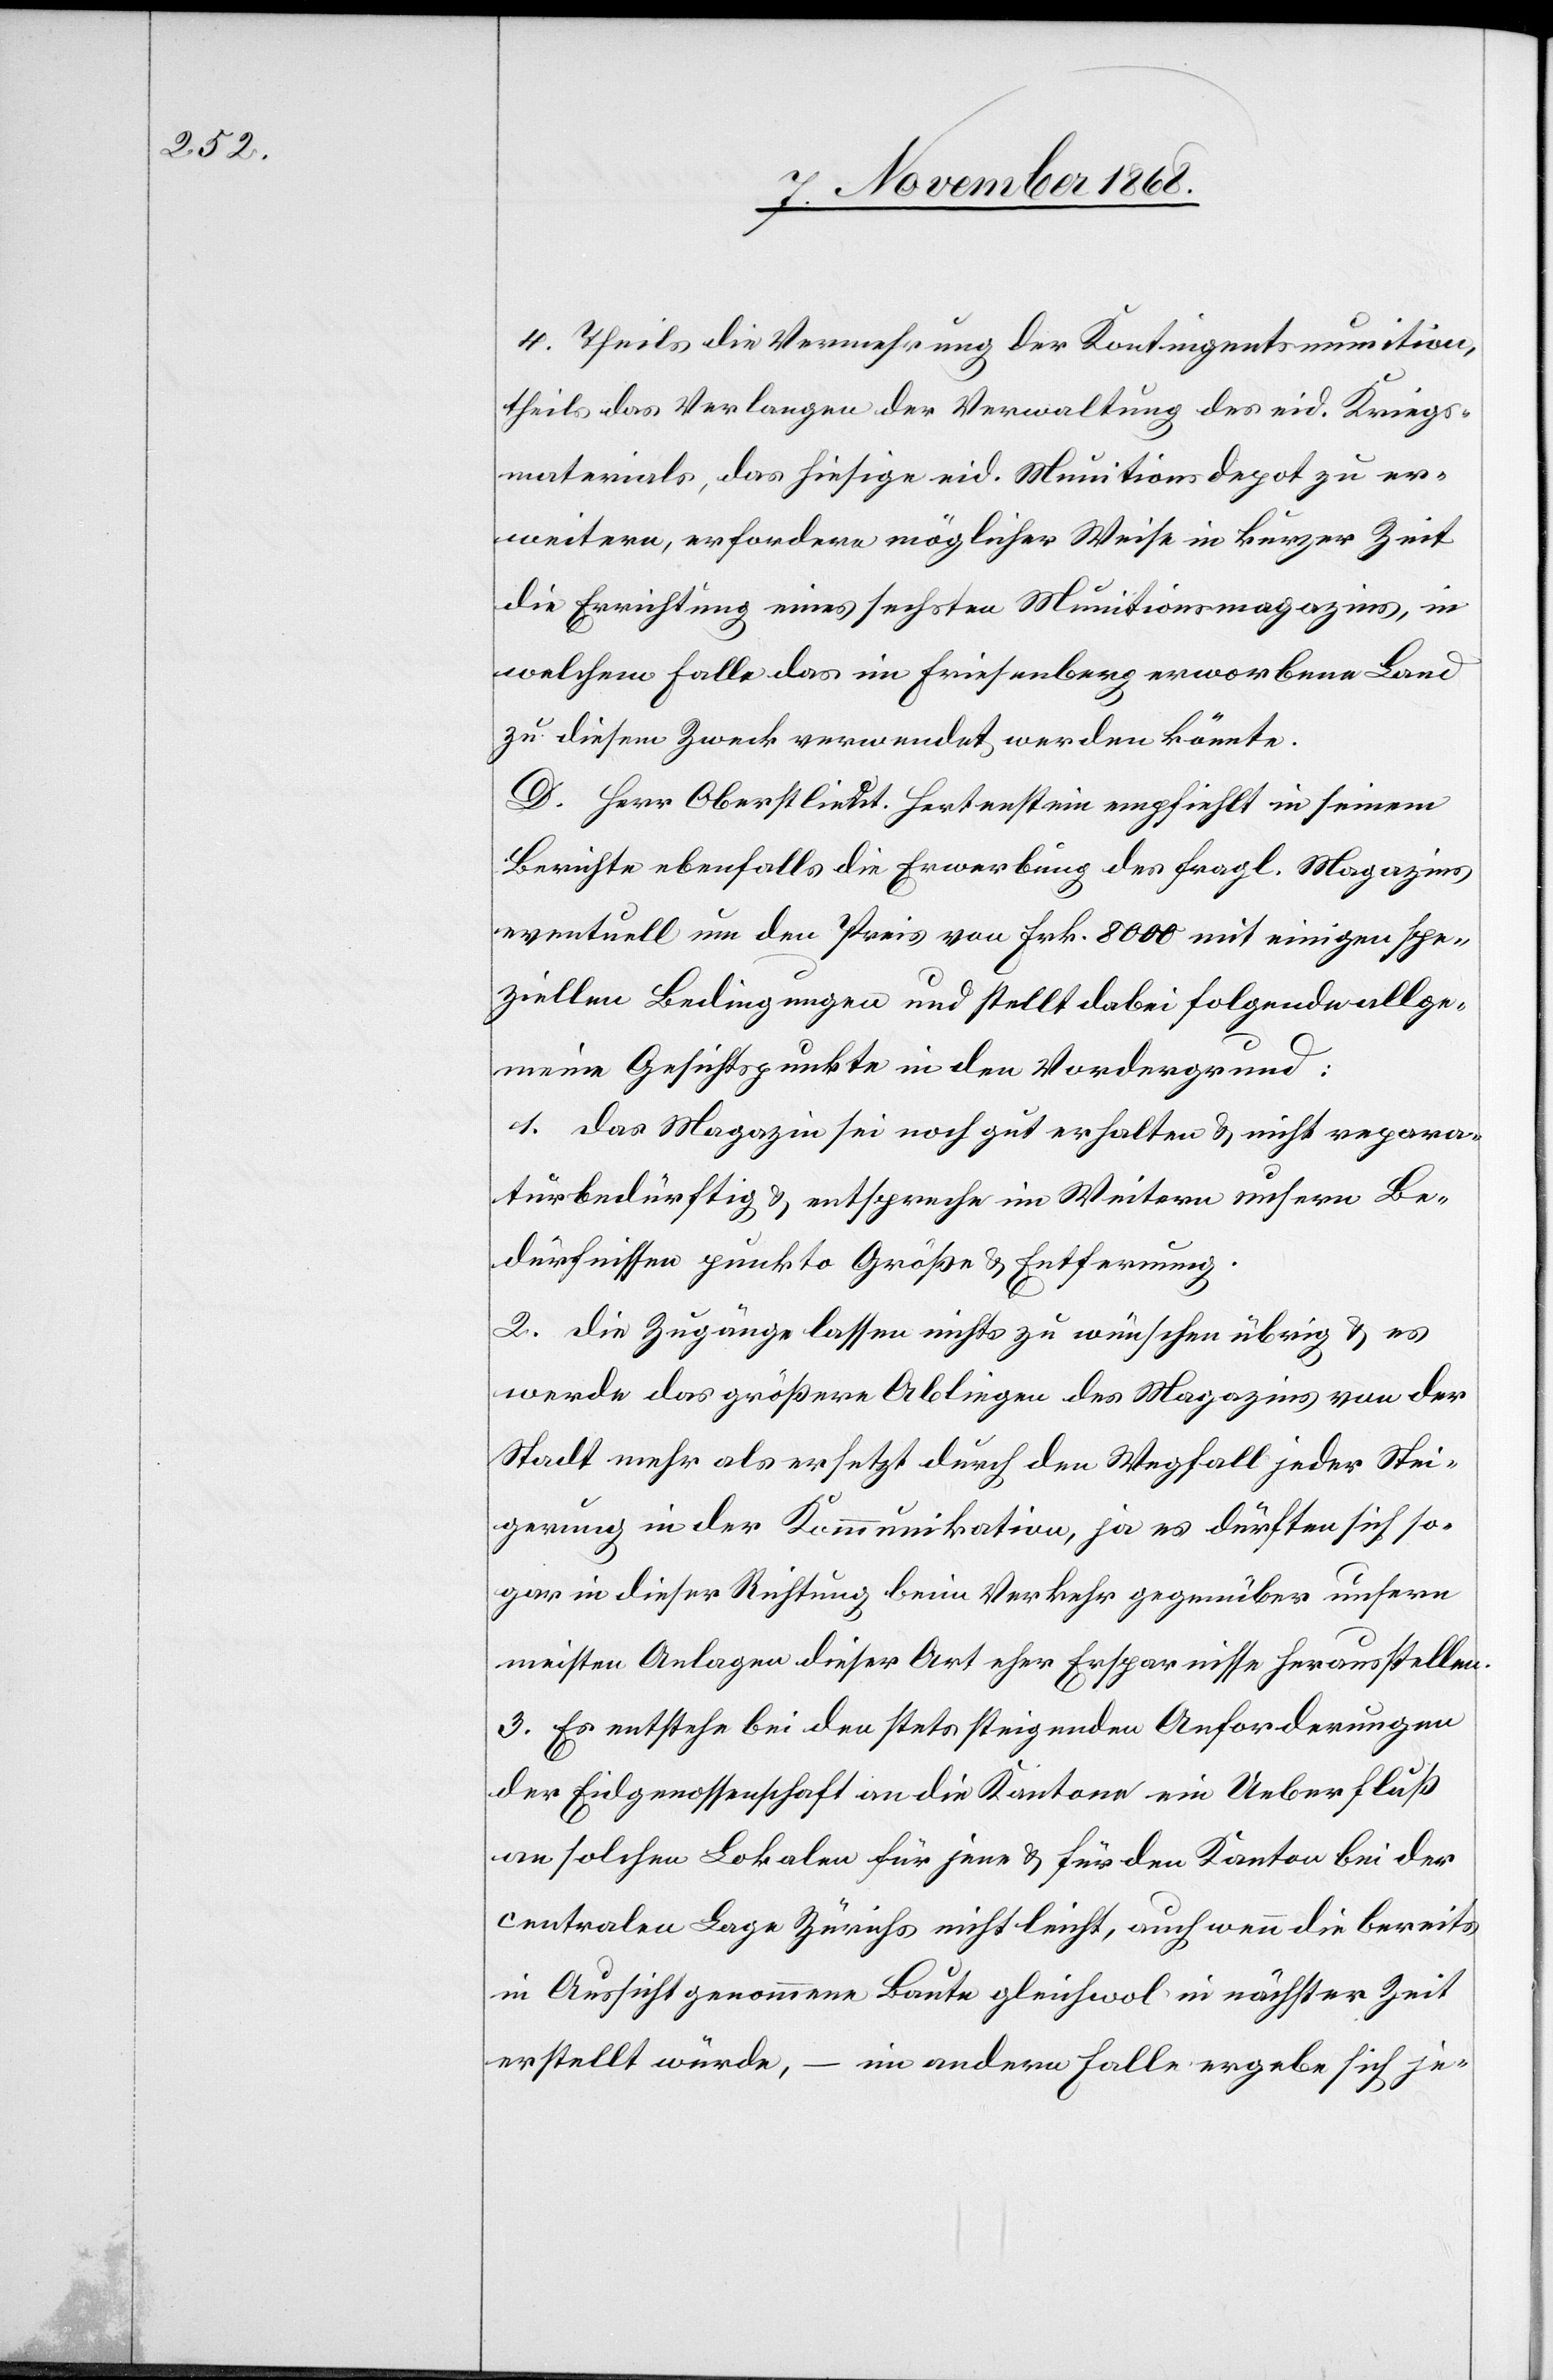
4. Theils die Vermehrung der Kontingentsmunition,
theils das Verlangen der Verwaltung des eid. Kriegs¬
materials, das hiesige eid. Munitionsdepot zu er¬
weitern, erfordere möglicher Weise in kurzer Zeit
die Errichtung eines sechsten Munitionsmagazins, in
welchem Falle das im Friesenberg erworbene Land
zu diesem Zweck verwendet werden könnte.
D. Herr Oberstlieut. Hertenstein empfiehlt in seinem
Berichte ebenfalls die Erwerbung des fragl. Magazins
eventuell um den Preis von Frk. 8000 mit einigen spe¬
ziellen Bedingungen und stellt dabei folgende allge¬
meine Gesichtspunkte in den Vordergrund:
1. das Magazin sei noch gut erhalten & nicht repara¬
turbedürftig & entspreche im Weitern unsern Be¬
dürfnissen punkto Größe & Entfernung.
2. die Zugänge lassen nichts zu wünschen übrig & es
werde das größere Abliegen des Magazins von der
Stadt mehr als ersetzt durch den Wegfall jeder Stei¬
gerung in der Kommunikation, ja es dürften sich so¬
gar in dieser Richtung beim Verkehr gegenüber unsern
meisten Anlagen dieser Art eher Ersparnisse herausstellen.
3. Es entstehe bei den stets steigenden Anforderungen
der Eidgenossenschaft an die Kantone ein Ueberfluß
an solchen Lokalen für jene & für den Kanton bei der
centralen Lage Zürichs nicht leicht, auch wenn die bereits
in Aussicht genommene Baute gleichwol in nächster Zeit
erstellt würde, – im andern Falle ergebe sich je-